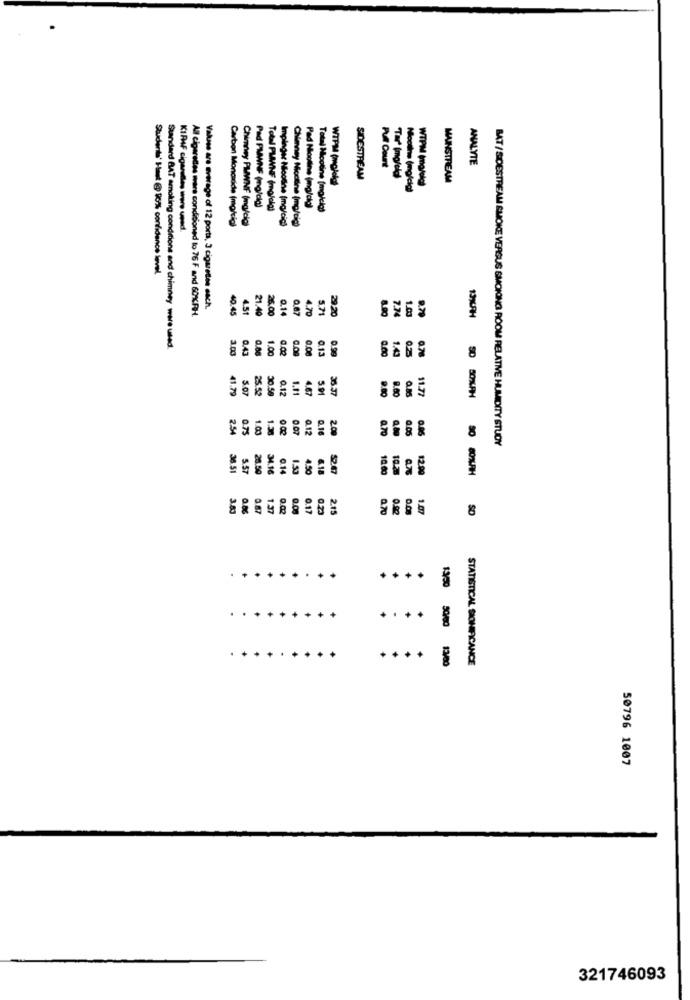
ANALYTE
Puf Court
WTPM (molokai
SIDESTREAM
"Tar' Imgfeld)
WTPM (majola)
MAINSTREAM
Pad PMWNE (mg/cia)
Total PMWNF (mg/ola)
Pad Nicotine (mg/oig)
Total Noobine (moicią)
Carbon Monoxide (mg/tig)
Chimney PMWNF (mg/cig)
Impinger Nicoline (mg/cic)
KIRAF cigarations were used.
Chimney Moctine (mg/cig)
Students' Hast @ 90% confidence level,
All cigarettes mars conditioned to 76 F and 60%RH.
Values are average of 12 ports, 3 cigarettes each.
40.45
4.51
21.40
26.00
0.14
0.67
4.70
5.71
29.20
8.90
7.74
1.03
9.79
Standard BAT amolting conditions and chimney were used.
3.00
0.43
0.06
1.00
1.02
0.00
0.13
0.00
0.78
14
8
41.79
5.07
25.52
30.50
0.12
1.11
SP
9.80
0.00
11.77
2.54
0.75
1.00
0.12
0.10
20
an
BAT / SIDESTREAM SMOKE VERSUS SMOKING ROOM RELATIVE HUMIDITY STUDY
5.57
28.50
34.16
0.14
1.53
10.00
10.2
12.
50 80%AH
0.17
0.70
0.00
0.08
1.07
SO
....
.. +
+
STATISTICAL SIONEFICANCE
50796 1007
321746093